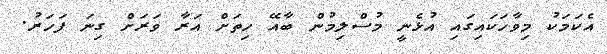
އެކަމަކު މިވާހަކައިގައި އުޅެނީ މުސްލިމުން ބާއޭ ހިތަށް އަރާ ވަރަށް ގިނަ ފަހަރު.